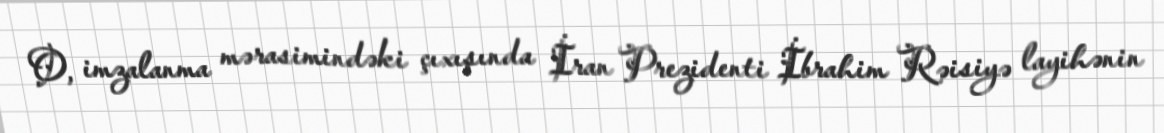
O, imzalanma mərasimindəki çıxışında İran Prezidenti İbrahim Rəisiyə layihənin